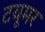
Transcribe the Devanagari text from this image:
टयूमर